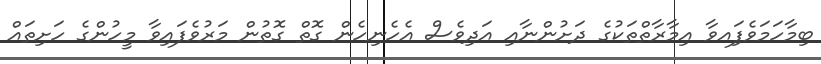
ބިމާހަމަވެފަިއވާ އިމާރާތްތަކުގެ ދަށުންނާއި އަދިވެސް އެހެނިހެން ގޮތް ގޮތުން މަރުވެފައިވާ މީހުންގެ ހަށިތައް